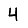
Digit: 4